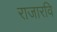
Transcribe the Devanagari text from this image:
राजारवि